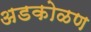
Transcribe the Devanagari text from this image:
अडकोळण